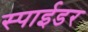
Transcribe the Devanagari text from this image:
स्पाईडर